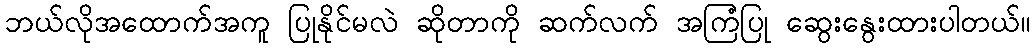
ဘယ်လိုအထောက်အကူ ပြုနိုင်မလဲ ဆိုတာကို ဆက်လက် အကြံပြု ဆွေးနွေးထားပါတယ်။